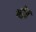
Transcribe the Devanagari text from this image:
गद्गेत